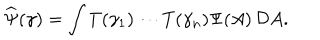
\widehat \Psi ( \gamma ) = \int T ( \gamma _ { 1 } ) \cdots T ( \gamma _ { n } ) \Psi ( A ) \, { \cal D } A .